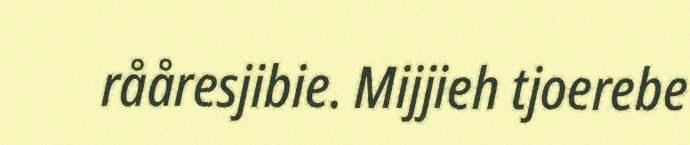
rååresjibie. Mijjieh tjoerebe